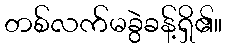
တစ်လက်မခွဲခန့်ရှိ၏။